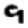
Digit: 9